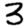
Digit: 3